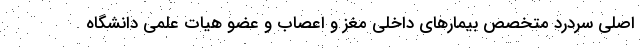
اصلی سردرد متخصص بیمارهای داخلی مغز و اعصاب و عضو هیات علمی دانشگاه